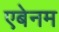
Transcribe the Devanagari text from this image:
एबेनम